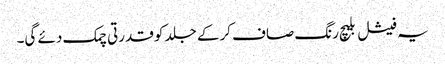
یہ فیشل بلیچ رنگ صاف کرکے جلد کو قدرتی چمک دئے گی۔